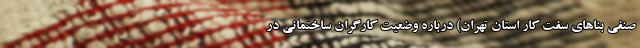
صنفی بناهای سفت کار استان تهران) درباره وضعیت کارگران ساختمانی در